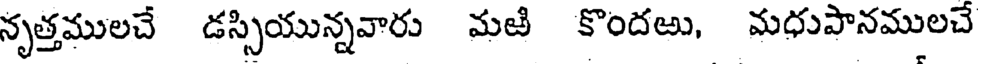
నృత్తములచే డస్సియున్నవారు మఱి కొందఱు, మధుపానములచే